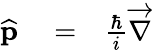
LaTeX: \begin{array}{rlr}{\widehat{{\mathbf p}}}&{{}=}&{\frac{\hbar}{i}\overrightarrow{\nabla}}\end{array}